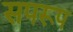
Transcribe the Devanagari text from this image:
सपरूप